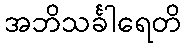
အဘိသင်္ခါရေတိ